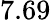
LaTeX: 7.69